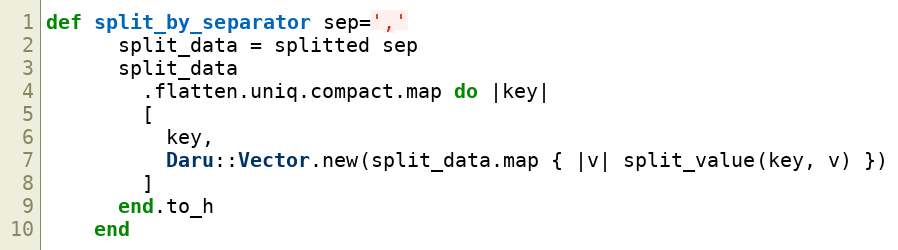
Language: Ruby
def split_by_separator sep=','
      split_data = splitted sep
      split_data
        .flatten.uniq.compact.map do |key|
        [
          key,
          Daru::Vector.new(split_data.map { |v| split_value(key, v) })
        ]
      end.to_h
    end